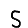
Digit: 5